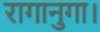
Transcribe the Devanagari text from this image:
रागानुगा।